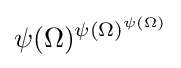
\psi (\Omega )^{\psi (\Omega )^{\psi (\Omega )}}